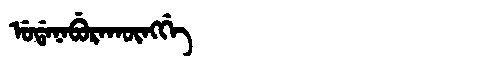
Manchu: ᡠᡩᠠᠨᠠᠪᡠᡵᠠᡴᡡᠩᡤᡝ
Romanization: UDANABURAKŪNGGE